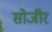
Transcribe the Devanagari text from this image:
सोजीर